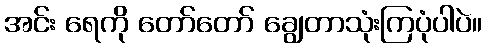
အင်း ရေကို တော်တော် ချွေတာသုံးကြပုံပါပဲ။